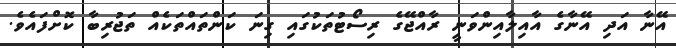
އޭނާ އަދި އޭނާގެ އާއިލާއިންވަނީ ރާއްޖޭގެ ރިސޯޓުތަކުގައި ގިނަ ކަންތައްތަކެއް ތަޖުރިބާ ކޮށްފައެވެ.